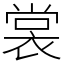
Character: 裳